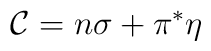
{\cal{C}}= n\sigma+ \pi^{*}\eta